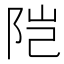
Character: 𬮿